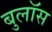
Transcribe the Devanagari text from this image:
बुलॉस